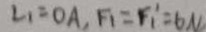
L _ { 1 } = O A , F _ { 1 } = F _ { 1 } ^ { \prime } = 6 N .